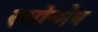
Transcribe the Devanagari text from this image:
रसोन्मेष